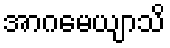
အာဂမေယျာသိ